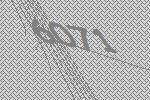
6071